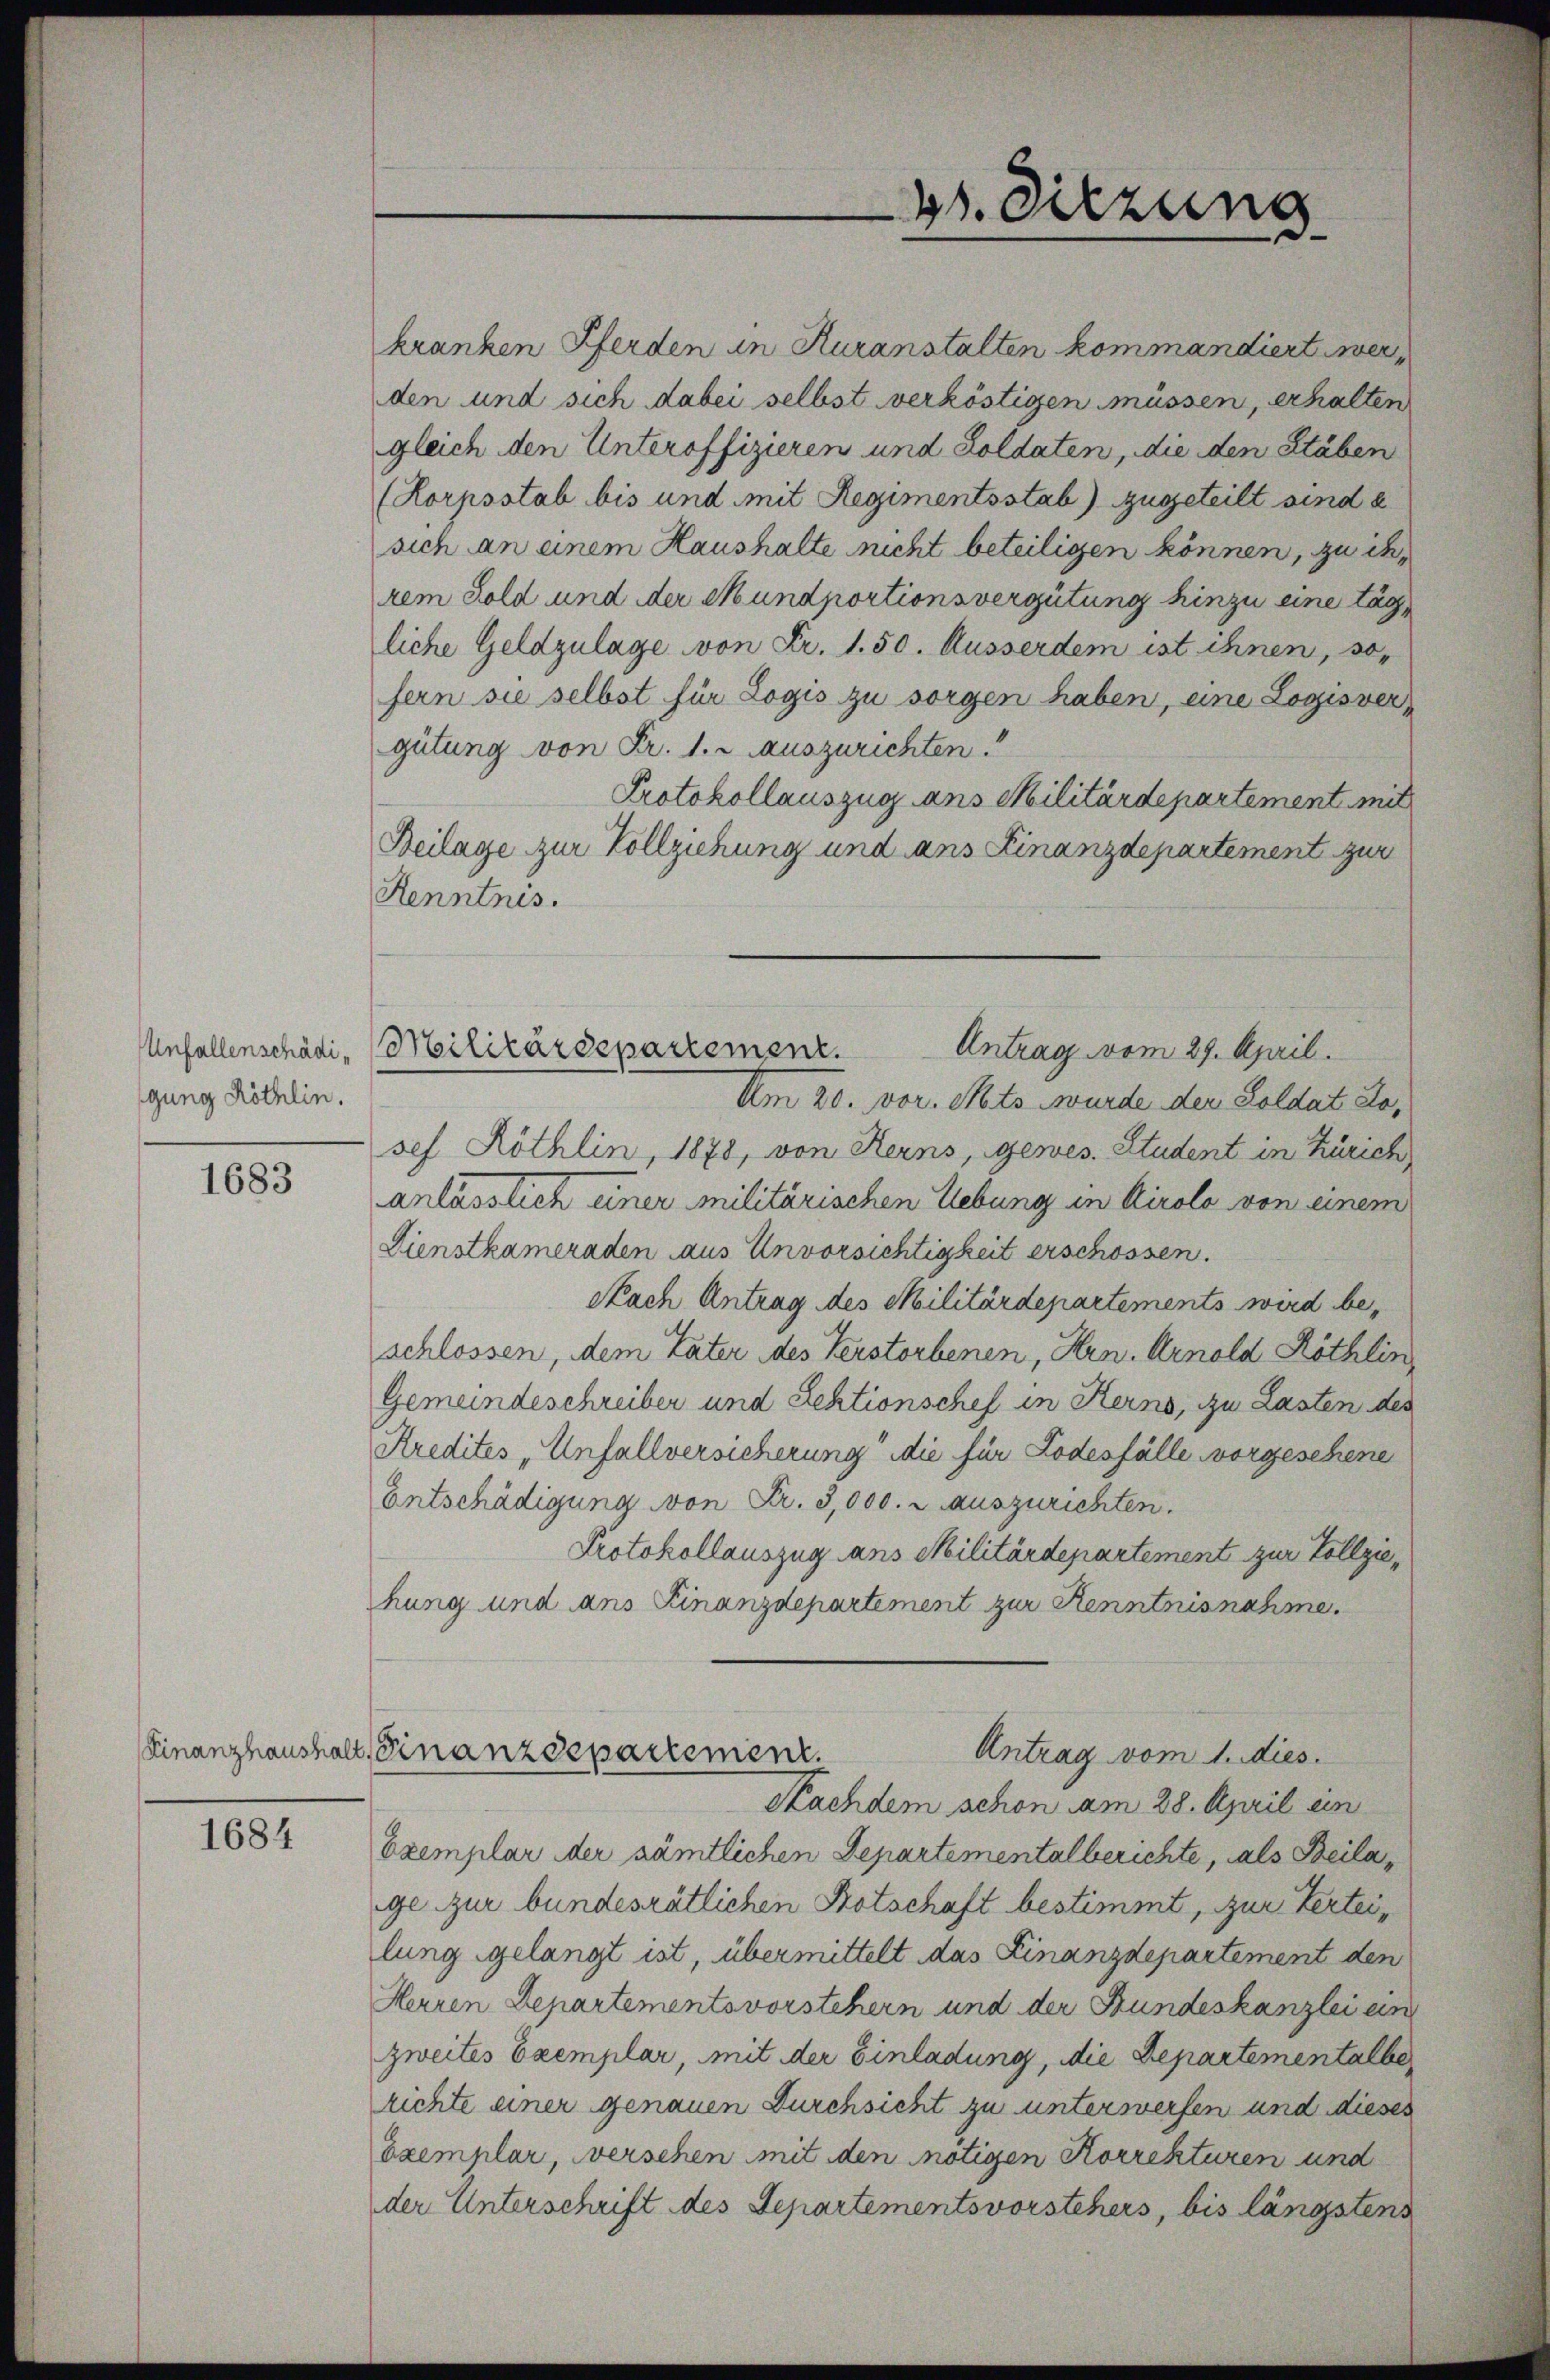
gung Röthlin.

1683

1684

kranken Pferden in Kuranstalten kommandiert werden und sich dabei selbst verköstigen müssen, erhalten
gleich den Unteroffizieren und Soldaten, die den Stäben
(Korpsstab bis und mit Regimentsstab) zugeteilt sind e
sich an einem Haushalte nicht beteiligen können, zu derem Sold und der Mundportionsvergütung hinzu eine tägliche Geldzulage von Fr. 1.50. Ausserdem ist ihnen, so
fern sie selbst für Logis zu sorgen haben, eine Logis ver
gütung von Fr. 1. auszurichten.
Protokollauszug ans Militärdepartement mit
Beilage zur Vollziehung und ans Finanzdepartement zur
Renntnis.
Am 20. vor. Mts. wurde den Soldat Hosef Röthlin, 1878, von Kerns, gewes. Student in Zürich
anlässlich einer militärischen Uebung in Airolo von einem
Dienstkameraden aus Unvorsichtigkeit erschossen.
Nach Antrag des Militärdepartements wird beschlossen, dem Vater des Verstorbenen, Hrn. Arnold Röthlin,
Gemeindeschreiber und Sehtionschef in Kerns, zu Lasten des
Kredites „Unfallversicherung die für Todesfälle vorgesehene
Entschädigung von Fr. 3,000. r auszurichten.
Protokollauszug ans Militärdepartement zur Vollziehung und ans Finanzdepartement zur Kenntnisnahme.
Finanzhaushalt, Finanzdepartement.
Antrag vom 1. dies
Nachdem schon am 28. April ein
Exemplar der sämtlichen Departementalberichte, als Beilage zur bundesrätlichen Botschaft bestimmt, zur Verteilung gelangt ist, übermittelt das Finanzdepartement den
Herren Departementsvorstehern und der Bundeskanzlei ein
zweites Exemplar, mit der Einladung, die Departementalbe
richte einer genauen Durchsicht zu unterswerfen und dieses
Exemplar, versehen mit den nötigen Korrekturen und
der Unterschrift des Separtementsvorstehers, bis längstens

b. Sitzung

Antrag vom 29. April.
Unfallenschädi-Militärdepartement.